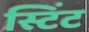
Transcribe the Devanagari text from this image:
स्टिंट